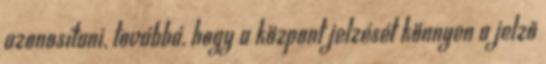
azonosítani, továbbá, hogy a központ jelzését könnyen a jelzõ